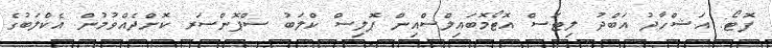
ފޮޓޯ: އަޝްހާދު އަބްދު ލިޓަސް އޮޓޯމޮބައިލްސްއިން ޕޮލިސް ކްލަބު ސްޕޮންސަރ ކޮށްދެއްވުމުން އެކްލަބުގެ